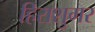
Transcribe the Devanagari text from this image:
हिराशुगर